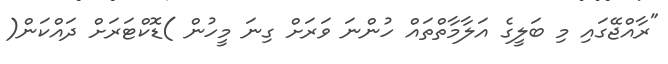
"ރާއްޖޭގައި މި ބަލީގެ އަލާމާތްތައް ހުންނަ ވަރަށް ގިނަ މީހުން )ޑޮކްޓަރަށް ދައްކަން(